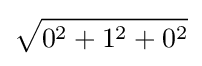
{\sqrt {0^{2}+1^{2}+0^{2}}}